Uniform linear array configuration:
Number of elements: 48
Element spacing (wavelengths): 0.25
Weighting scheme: blackman
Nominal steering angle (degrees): -60
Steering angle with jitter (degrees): -61.494
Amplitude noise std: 0.05
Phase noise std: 0.05

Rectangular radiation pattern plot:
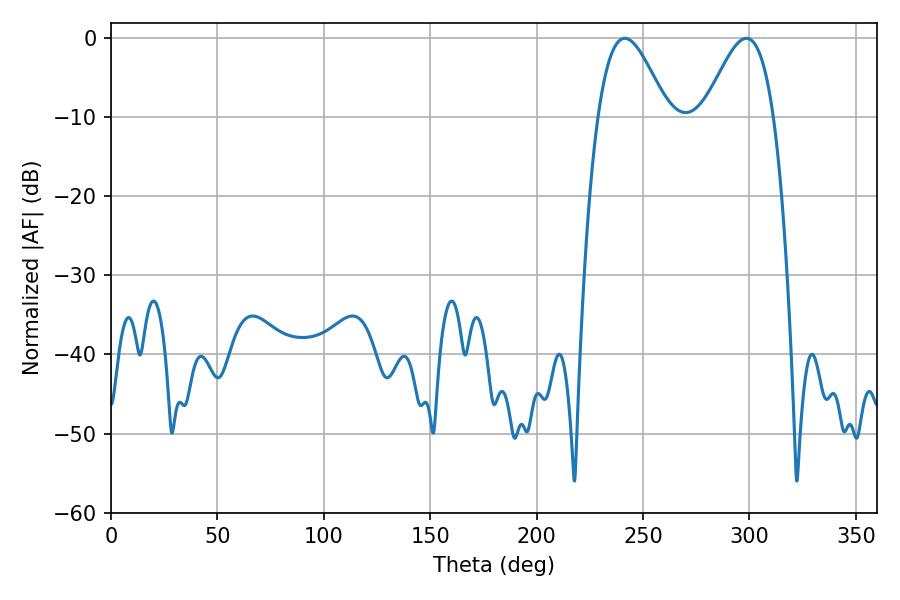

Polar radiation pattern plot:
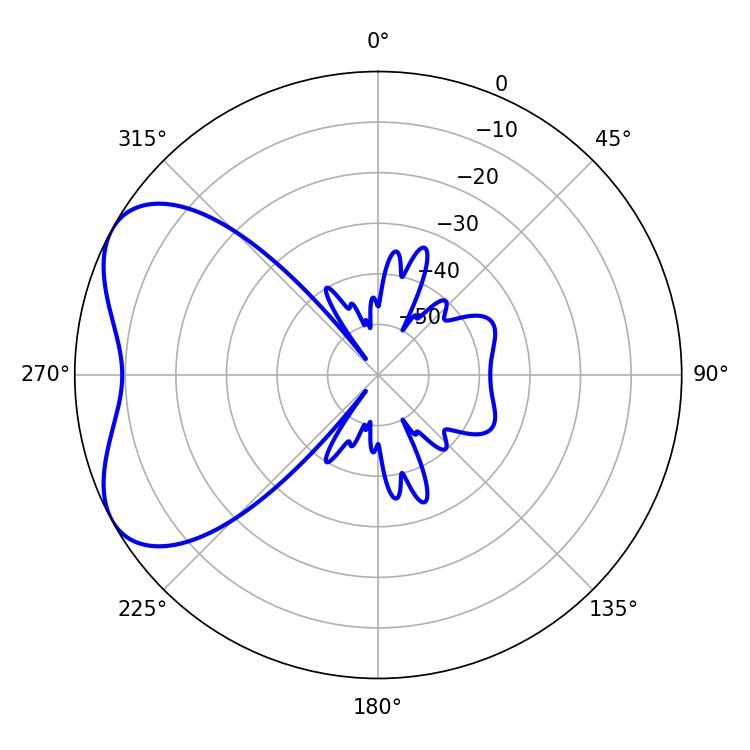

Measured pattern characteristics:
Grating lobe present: FALSE
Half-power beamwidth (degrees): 17.46
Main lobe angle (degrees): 241.38